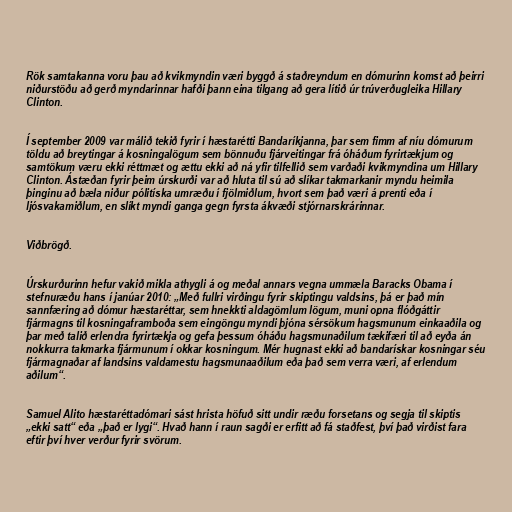
Rök samtakanna voru þau að kvikmyndin væri byggð á staðreyndum en dómurinn komst að þeirri
niðurstöðu að gerð myndarinnar hafði þann eina tilgang að gera lítið úr trúverðugleika Hillary
Clinton.

Í september 2009 var málið tekið fyrir í hæstarétti Bandaríkjanna, þar sem fimm af níu dómurum
töldu að breytingar á kosningalögum sem bönnuðu fjárveitingar frá óháðum fyrirtækjum og
samtökum væru ekki réttmæt og ættu ekki að ná yfir tilfellið sem varðaði kvikmyndina um Hillary
Clinton. Ástæðan fyrir þeim úrskurði var að hluta til sú að slíkar takmarkanir myndu heimila
þinginu að bæla niður pólitíska umræðu í fjölmiðlum, hvort sem það væri á prenti eða í
ljósvakamiðlum, en slíkt myndi ganga gegn fyrsta ákvæði stjórnarskrárinnar.

Viðbrögð.

Úrskurðurinn hefur vakið mikla athygli á og meðal annars vegna ummæla Baracks Obama í
stefnuræðu hans í janúar 2010: „Með fullri virðingu fyrir skiptingu valdsins, þá er það mín
sannfæring að dómur hæstaréttar, sem hnekkti aldagömlum lögum, muni opna flóðgáttir
fjármagns til kosningaframboða sem eingöngu myndi þjóna sérsökum hagsmunum einkaaðila og
þar með talið erlendra fyrirtækja og gefa þessum óháðu hagsmunaðilum tækifæri til að eyða án
nokkurra takmarka fjármunum í okkar kosningum. Mér hugnast ekki að bandarískar kosningar séu
fjármagnaðar af landsins valdamestu hagsmunaaðilum eða það sem verra væri, af erlendum
aðilum“.

Samuel Alito hæstaréttadómari sást hrista höfuð sitt undir ræðu forsetans og segja til skiptis
„ekki satt“ eða „það er lygi“. Hvað hann í raun sagði er erfitt að fá staðfest, því það virðist fara
eftir því hver verður fyrir svörum.